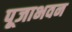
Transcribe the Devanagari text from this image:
पूजाभवन